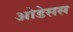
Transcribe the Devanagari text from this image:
ओडेसस